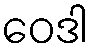
ဝေဒါ